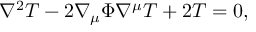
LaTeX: \nabla ^ { 2 } T - 2 \nabla _ { \mu } \Phi \nabla ^ { \mu } T + 2 T = 0 ,